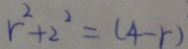
r ^ { 2 } + 2 ^ { 2 } = ( 4 - r )